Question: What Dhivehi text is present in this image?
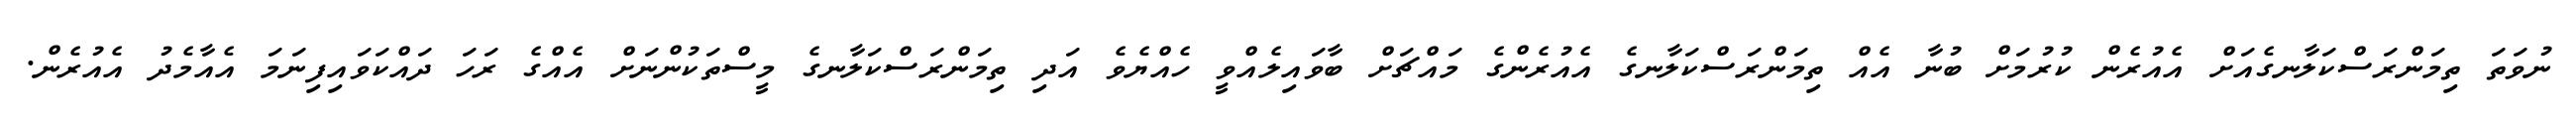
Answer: ނުވަތަ ތިމަންރަސްކަލާނގެއަށް އެއުރެން ކުރުމަށް ބުނާ އެއް ތިމަންރަސްކަލާނގެ އެއުރެންގެ މައްޗަށް ބާވައިލެއްވީ ހެއްޔެވެ އަދި ތިމަންރަސްކަލާނގެ މީސްތަކުންނަށް އެއްގެ ރަހަ ދައްކަވައިފިނަމަ އެއާމެދު އެއުރެން.